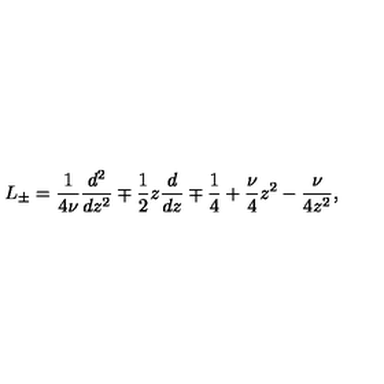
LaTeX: L _ { \pm } = \frac { 1 } { 4 \nu } \frac { d ^ { 2 } } { d z ^ { 2 } } \mp \frac { 1 } { 2 } z \frac { d } { d z } \mp \frac { 1 } { 4 } + \frac { \nu } { 4 } z ^ { 2 } - \frac { \nu } { 4 z ^ { 2 } } ,